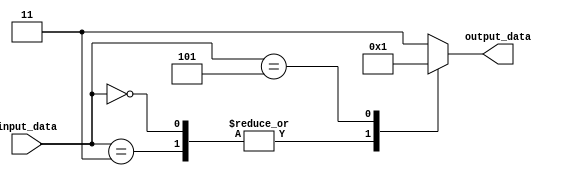
module doncare_block (
    input wire [3:0] input_data,
    output reg [1:0] output_data
);

always @(*) begin
    case(input_data)
        4'b0000, 4'b0011: output_data = 2'b00;
        4'b0101: output_data = 2'b01;
        default: output_data = 2'b11;
    endcase
end

endmodule